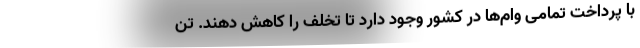
با پرداخت تمامی وام‌ها در کشور وجود دارد تا تخلف را کاهش دهند. تن